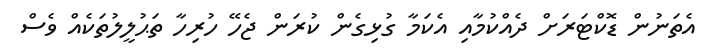
އެތަނުން ޑޮކްޓަރަށް ދެއްކުމާއި އެކަމާ ގުޅިގެން ކުރަން ޖެހޭ ހުރިހާ ތަޙުލީލުތަކެއް ވެސް